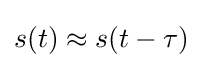
s(t)\approx s(t-\tau )